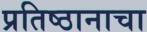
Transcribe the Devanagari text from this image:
प्रतिष्ठानाचा